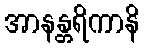
အာနန္တရိကာနိ